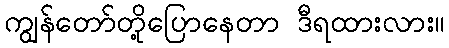
ကျွန်တော်တို့ပြောနေတာ ဒီရထားလား။